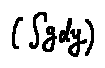
( \int g d y )